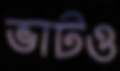
ভাটও